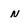
Character: N